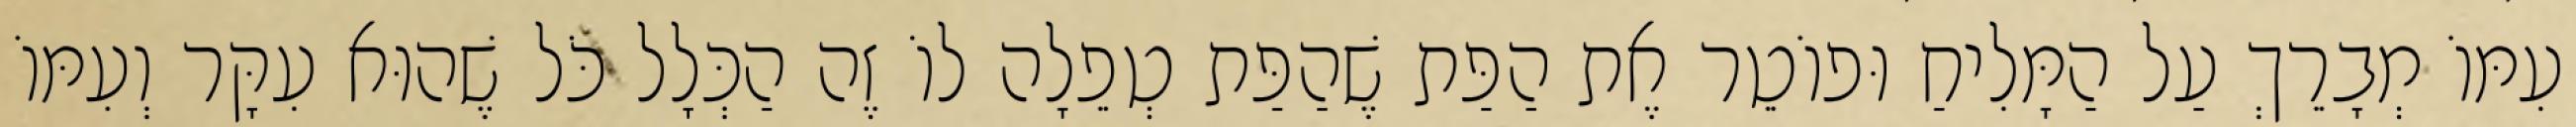
עִמּוֹ מְבָרֵךְ עַל הַמָּלִיחַ וּפוֹטֵר אֶת הַפַּת שֶׁהַפַּת טְפֵלָה לוֹ זֶה הַכְּלָל כֹּל שֶׁהוּא עִקָּר וְעִמּוֹ